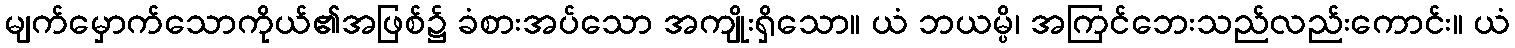
မျက်မှောက်သောကိုယ်၏အဖြစ်၌ ခံစားအပ်သော အကျိုးရှိသော။ ယံ ဘယမ္ပိ၊ အကြင်ဘေးသည်လည်းကောင်း။ ယံ